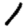
Digit: 1